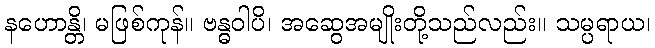
နဟောန္တိ၊ မဖြစ်ကုန်။ ဗန္ဓဝါပိ၊ အဆွေအမျိုးတို့သည်လည်း။ သမ္ပရာယ၊